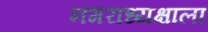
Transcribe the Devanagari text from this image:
नगराध्यक्षाला